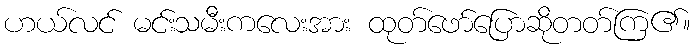
ဟယ်လင် မင်းသမီးကလေးအား ထုတ်ဖော်ပြောဆိုတတ်ကြ၏။